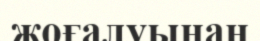
жоғалуынан